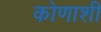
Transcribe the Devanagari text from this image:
कोणाशीं